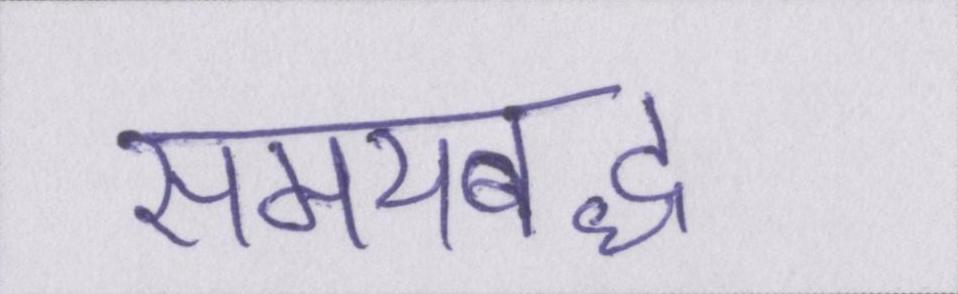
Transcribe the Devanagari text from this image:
समयबद्ध